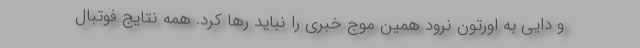
و دایی به اورتون نرود همین موج خبری را نباید رها کرد. همه نتایج فوتبال